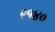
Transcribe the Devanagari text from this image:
९१४०